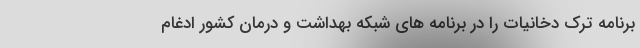
برنامه ترک دخانیات را در برنامه های شبکه بهداشت و درمان کشور ادغام